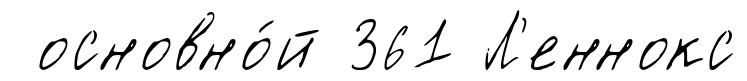
основно́й 361 Л'еннокс